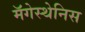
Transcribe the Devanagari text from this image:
मॅगेस्थेनिस